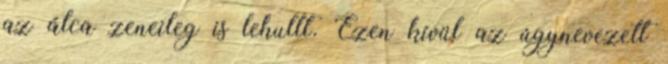
az álca zeneileg is lehullt. Ezen kívül az úgynevezett